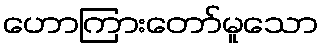
ဟောကြားတော်မူသော